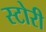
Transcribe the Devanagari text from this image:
स्‍टोरी